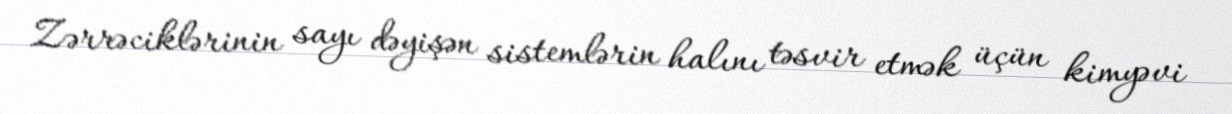
Zərrəciklərinin sayı dəyişən sistemlərin halını təsvir etmək üçün kimyəvi